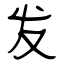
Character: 发